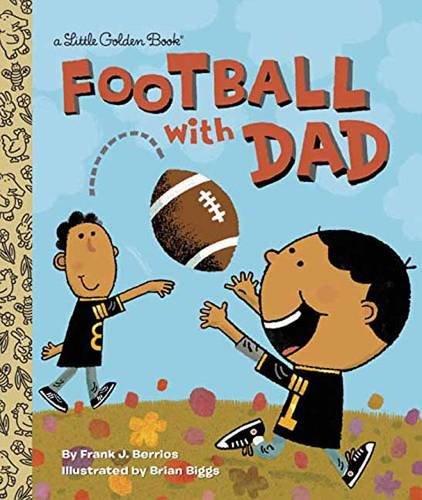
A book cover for Football With Dad (Little Golden Book); Frank Berrios; Children's Books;